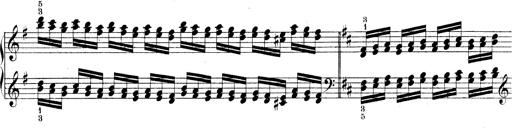
Title: Technische Studien
Composer: Franz Liszt